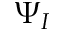
\Psi _ { I }